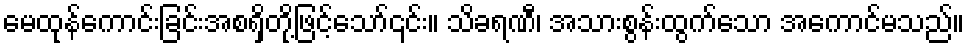
မေထုန်ကောင်းခြင်းအစရှိတို့ဖြင့်သော်၎င်း။ သိခရဏီ၊ အသားစွန်းထွက်သော အကောင်မသည်။